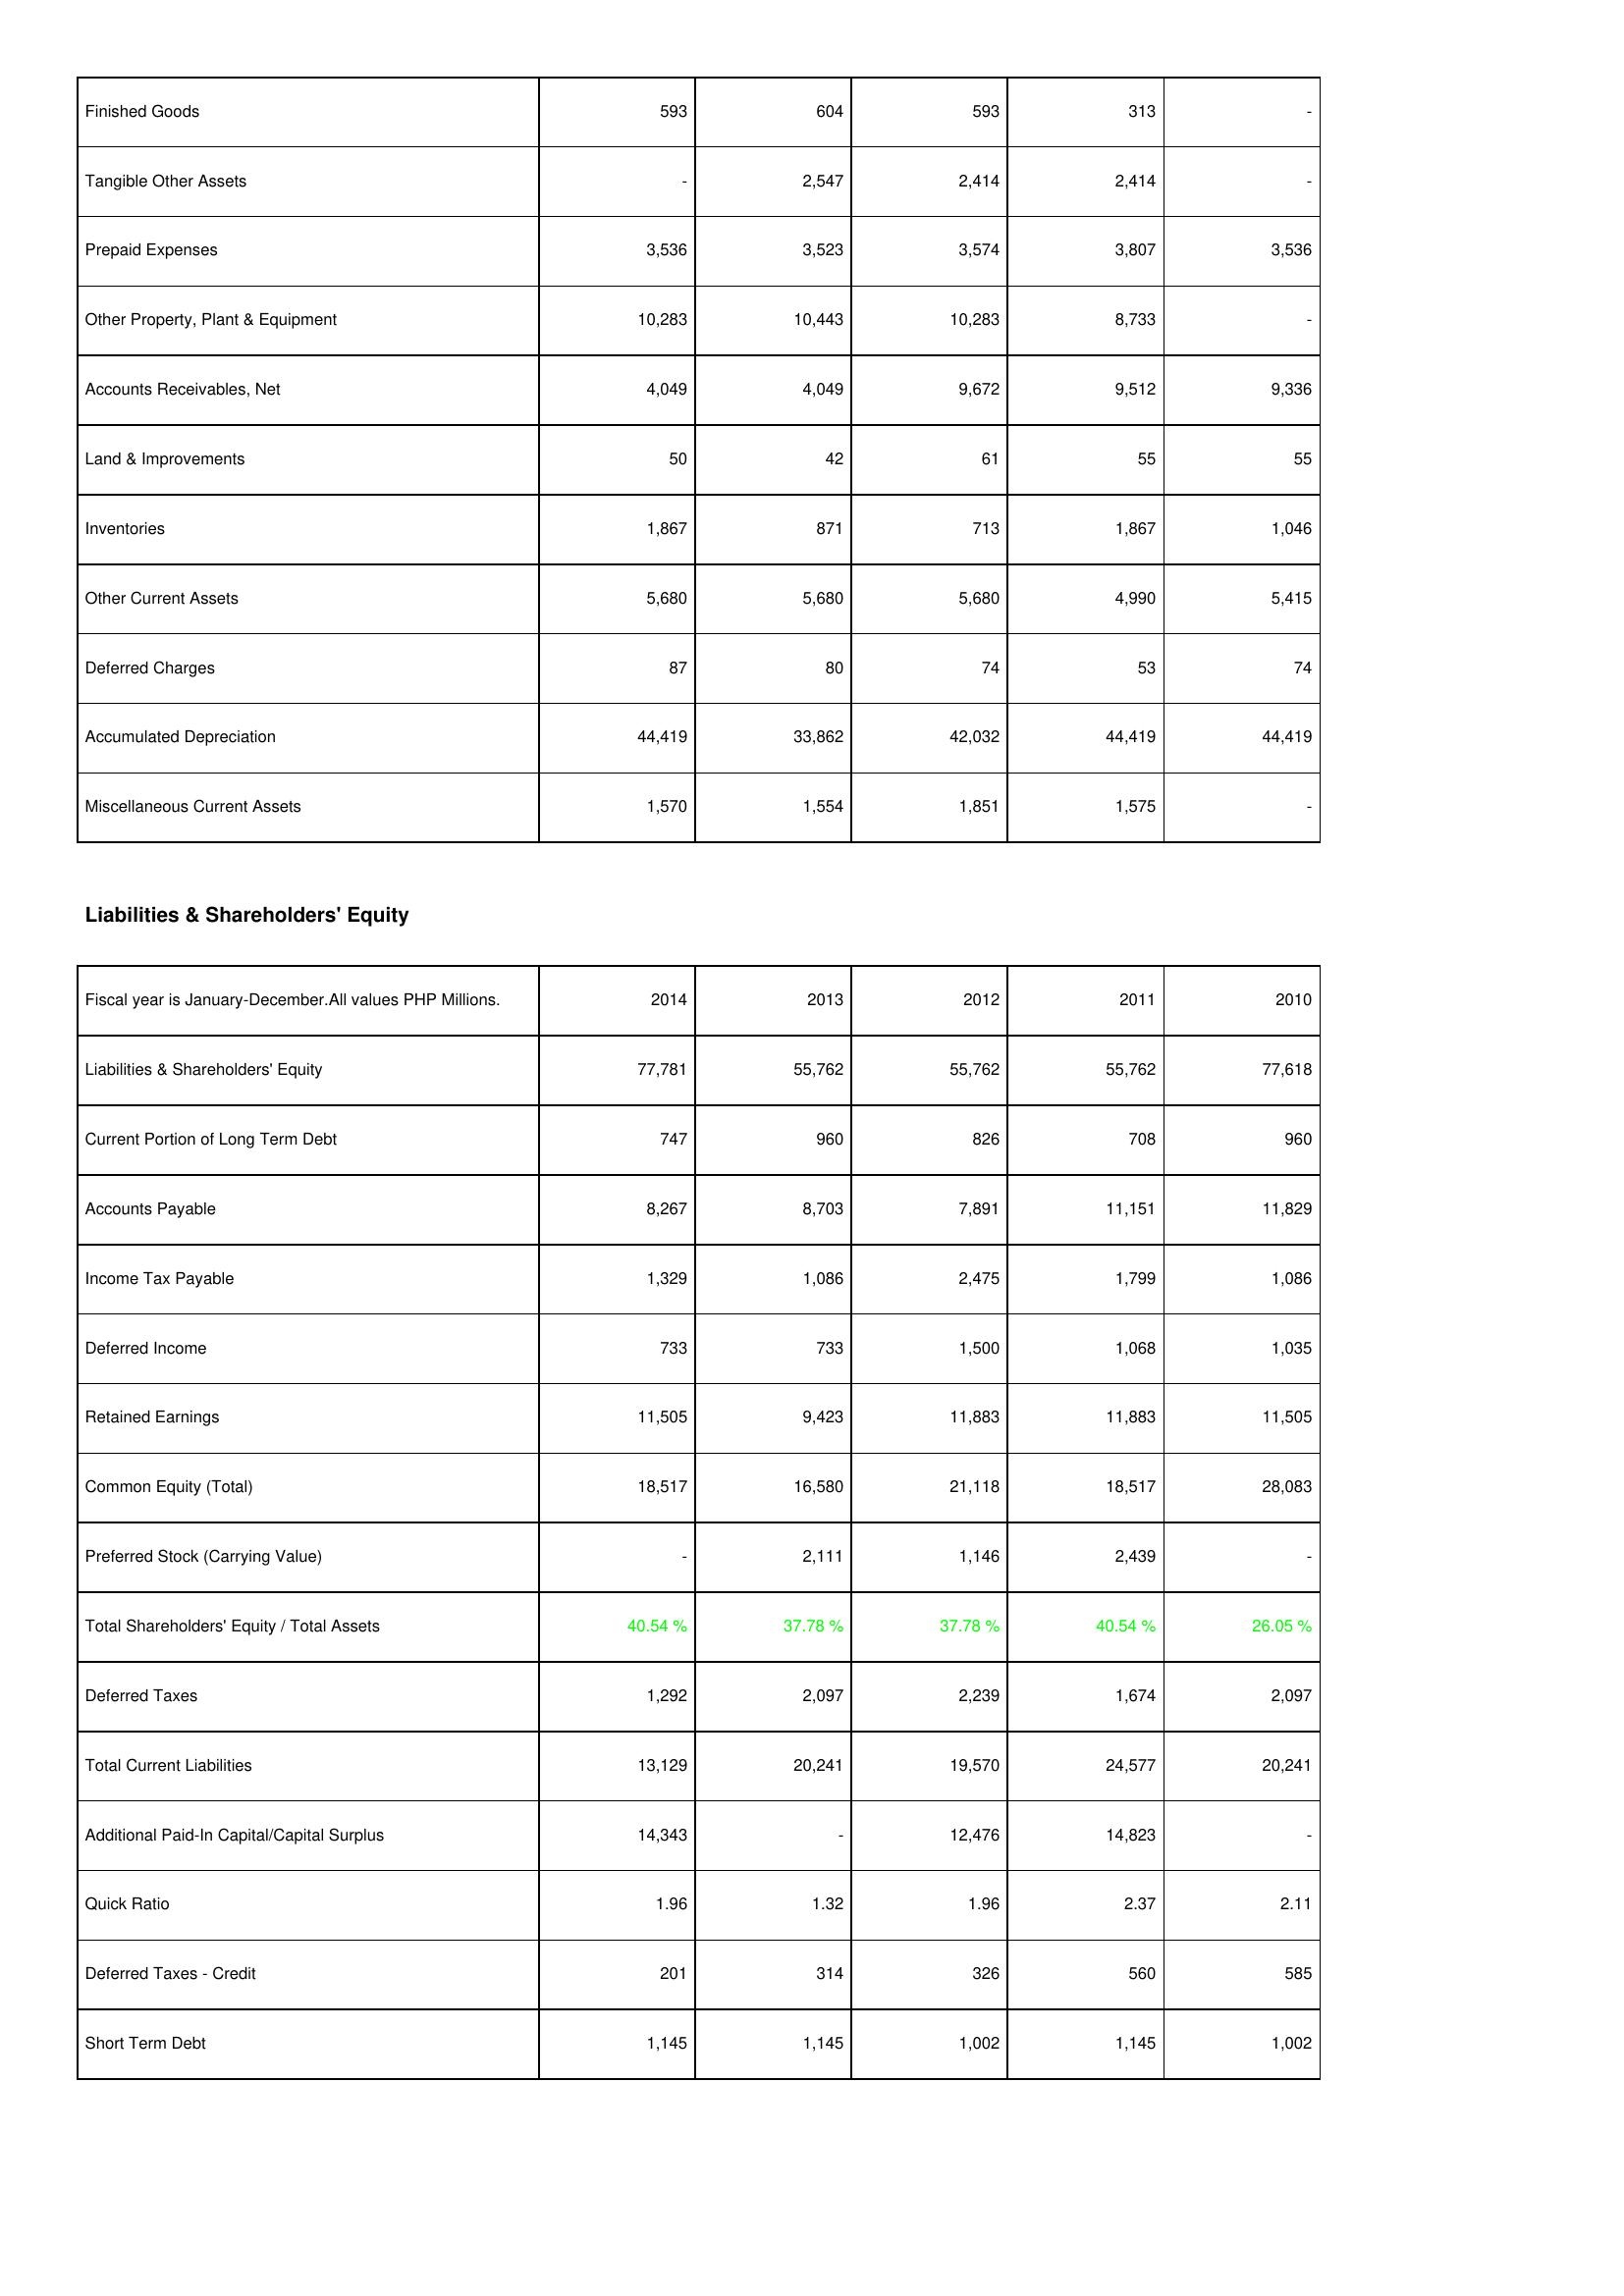
2014: Assets: Finished Goods: 593
Tangible Other Assets: -
Prepaid Expenses: 3,536
Other Property, Plant & Equipment: 10,283
Accounts Receivables, Net: 4,049
Land & Improvements: 50
Inventories: 1,867
Other Current Assets: 5,680
Deferred Charges: 87
Accumulated Depreciation: 44,419
Miscellaneous Current Assets: 1,570
Liabilities & Shareholders' Equity: Liabilities & Shareholders' Equity: 77,781
Current Portion of Long Term Debt: 747
Accounts Payable: 8,267
Income Tax Payable: 1,329
Deferred Income: 733
Retained Earnings: 11,505
Common Equity (Total): 18,517
Preferred Stock (Carrying Value): -
Total Shareholders' Equity / Total Assets: 40.54 %
Deferred Taxes: 1,292
Total Current Liabilities: 13,129
Additional Paid-In Capital/Capital Surplus: 14,343
Quick Ratio: 1.96
Deferred Taxes - Credit: 201
Short Term Debt: 1,145
2013: Assets: Finished Goods: 604
Tangible Other Assets: 2,547
Prepaid Expenses: 3,523
Other Property, Plant & Equipment: 10,443
Accounts Receivables, Net: 4,049
Land & Improvements: 42
Inventories: 871
Other Current Assets: 5,680
Deferred Charges: 80
Accumulated Depreciation: 33,862
Miscellaneous Current Assets: 1,554
Liabilities & Shareholders' Equity: Liabilities & Shareholders' Equity: 55,762
Current Portion of Long Term Debt: 960
Accounts Payable: 8,703
Income Tax Payable: 1,086
Deferred Income: 733
Retained Earnings: 9,423
Common Equity (Total): 16,580
Preferred Stock (Carrying Value): 2,111
Total Shareholders' Equity / Total Assets: 37.78 %
Deferred Taxes: 2,097
Total Current Liabilities: 20,241
Additional Paid-In Capital/Capital Surplus: -
Quick Ratio: 1.32
Deferred Taxes - Credit: 314
Short Term Debt: 1,145
2012: Assets: Finished Goods: 593
Tangible Other Assets: 2,414
Prepaid Expenses: 3,574
Other Property, Plant & Equipment: 10,283
Accounts Receivables, Net: 9,672
Land & Improvements: 61
Inventories: 713
Other Current Assets: 5,680
Deferred Charges: 74
Accumulated Depreciation: 42,032
Miscellaneous Current Assets: 1,851
Liabilities & Shareholders' Equity: Liabilities & Shareholders' Equity: 55,762
Current Portion of Long Term Debt: 826
Accounts Payable: 7,891
Income Tax Payable: 2,475
Deferred Income: 1,500
Retained Earnings: 11,883
Common Equity (Total): 21,118
Preferred Stock (Carrying Value): 1,146
Total Shareholders' Equity / Total Assets: 37.78 %
Deferred Taxes: 2,239
Total Current Liabilities: 19,570
Additional Paid-In Capital/Capital Surplus: 12,476
Quick Ratio: 1.96
Deferred Taxes - Credit: 326
Short Term Debt: 1,002
2011: Assets: Finished Goods: 313
Tangible Other Assets: 2,414
Prepaid Expenses: 3,807
Other Property, Plant & Equipment: 8,733
Accounts Receivables, Net: 9,512
Land & Improvements: 55
Inventories: 1,867
Other Current Assets: 4,990
Deferred Charges: 53
Accumulated Depreciation: 44,419
Miscellaneous Current Assets: 1,575
Liabilities & Shareholders' Equity: Liabilities & Shareholders' Equity: 55,762
Current Portion of Long Term Debt: 708
Accounts Payable: 11,151
Income Tax Payable: 1,799
Deferred Income: 1,068
Retained Earnings: 11,883
Common Equity (Total): 18,517
Preferred Stock (Carrying Value): 2,439
Total Shareholders' Equity / Total Assets: 40.54 %
Deferred Taxes: 1,674
Total Current Liabilities: 24,577
Additional Paid-In Capital/Capital Surplus: 14,823
Quick Ratio: 2.37
Deferred Taxes - Credit: 560
Short Term Debt: 1,145
2010: Assets: Finished Goods: -
Tangible Other Assets: -
Prepaid Expenses: 3,536
Other Property, Plant & Equipment: -
Accounts Receivables, Net: 9,336
Land & Improvements: 55
Inventories: 1,046
Other Current Assets: 5,415
Deferred Charges: 74
Accumulated Depreciation: 44,419
Miscellaneous Current Assets: -
Liabilities & Shareholders' Equity: Liabilities & Shareholders' Equity: 77,618
Current Portion of Long Term Debt: 960
Accounts Payable: 11,829
Income Tax Payable: 1,086
Deferred Income: 1,035
Retained Earnings: 11,505
Common Equity (Total): 28,083
Preferred Stock (Carrying Value): -
Total Shareholders' Equity / Total Assets: 26.05 %
Deferred Taxes: 2,097
Total Current Liabilities: 20,241
Additional Paid-In Capital/Capital Surplus: -
Quick Ratio: 2.11
Deferred Taxes - Credit: 585
Short Term Debt: 1,002